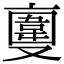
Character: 𠆎